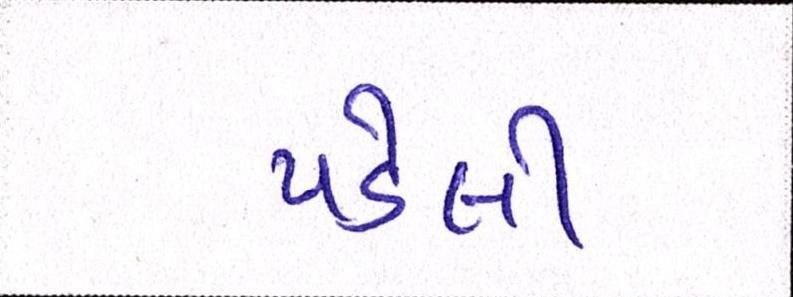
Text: પડેલી